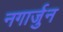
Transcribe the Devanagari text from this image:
नगार्जुन